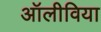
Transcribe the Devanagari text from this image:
अॉलीविया